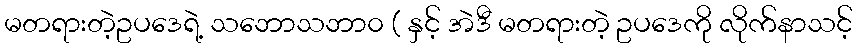
မတရားတဲ့ဥပဒေရဲ့ သဘောသဘာ၀ ( နှင့် အဲဒီ မတရားတဲ့ ဥပဒေကို လိုက်နာသင့်